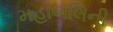
મહાબલિની